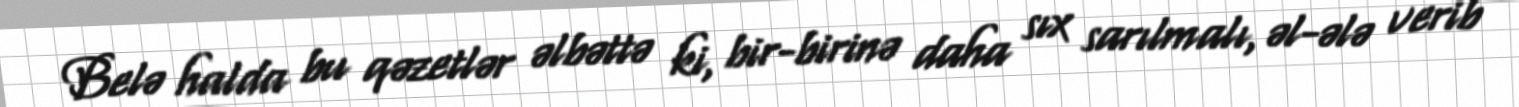
Belə halda bu qəzetlər əlbəttə ki, bir-birinə daha sıx sarılmalı, əl-ələ verib